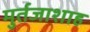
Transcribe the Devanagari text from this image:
मुर्तजाशाह